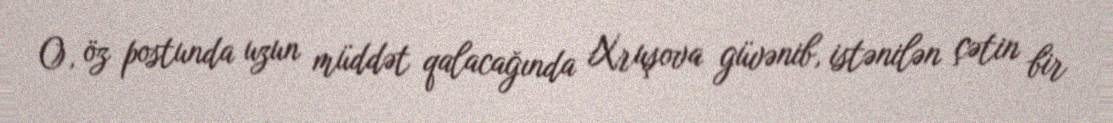
O, öz postunda uzun müddət qalacağında Xruşova güvənib, istənilən çətin bir